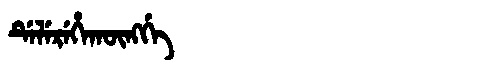
Manchu: ᡩᡝᠯᡝᡵᡝᡥᠠᡴᡡᠩᡤᡝ
Romanization: DELEREHAKŪNGGE